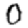
Digit: 0